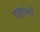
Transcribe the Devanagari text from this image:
वक्षांगों